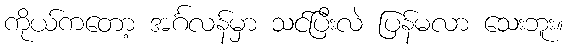
ကိုယ်ကတော့ အင်္ဂလန်မှာ သင်ပြီးလဲ ပြန်မလာ သေးဘူး။